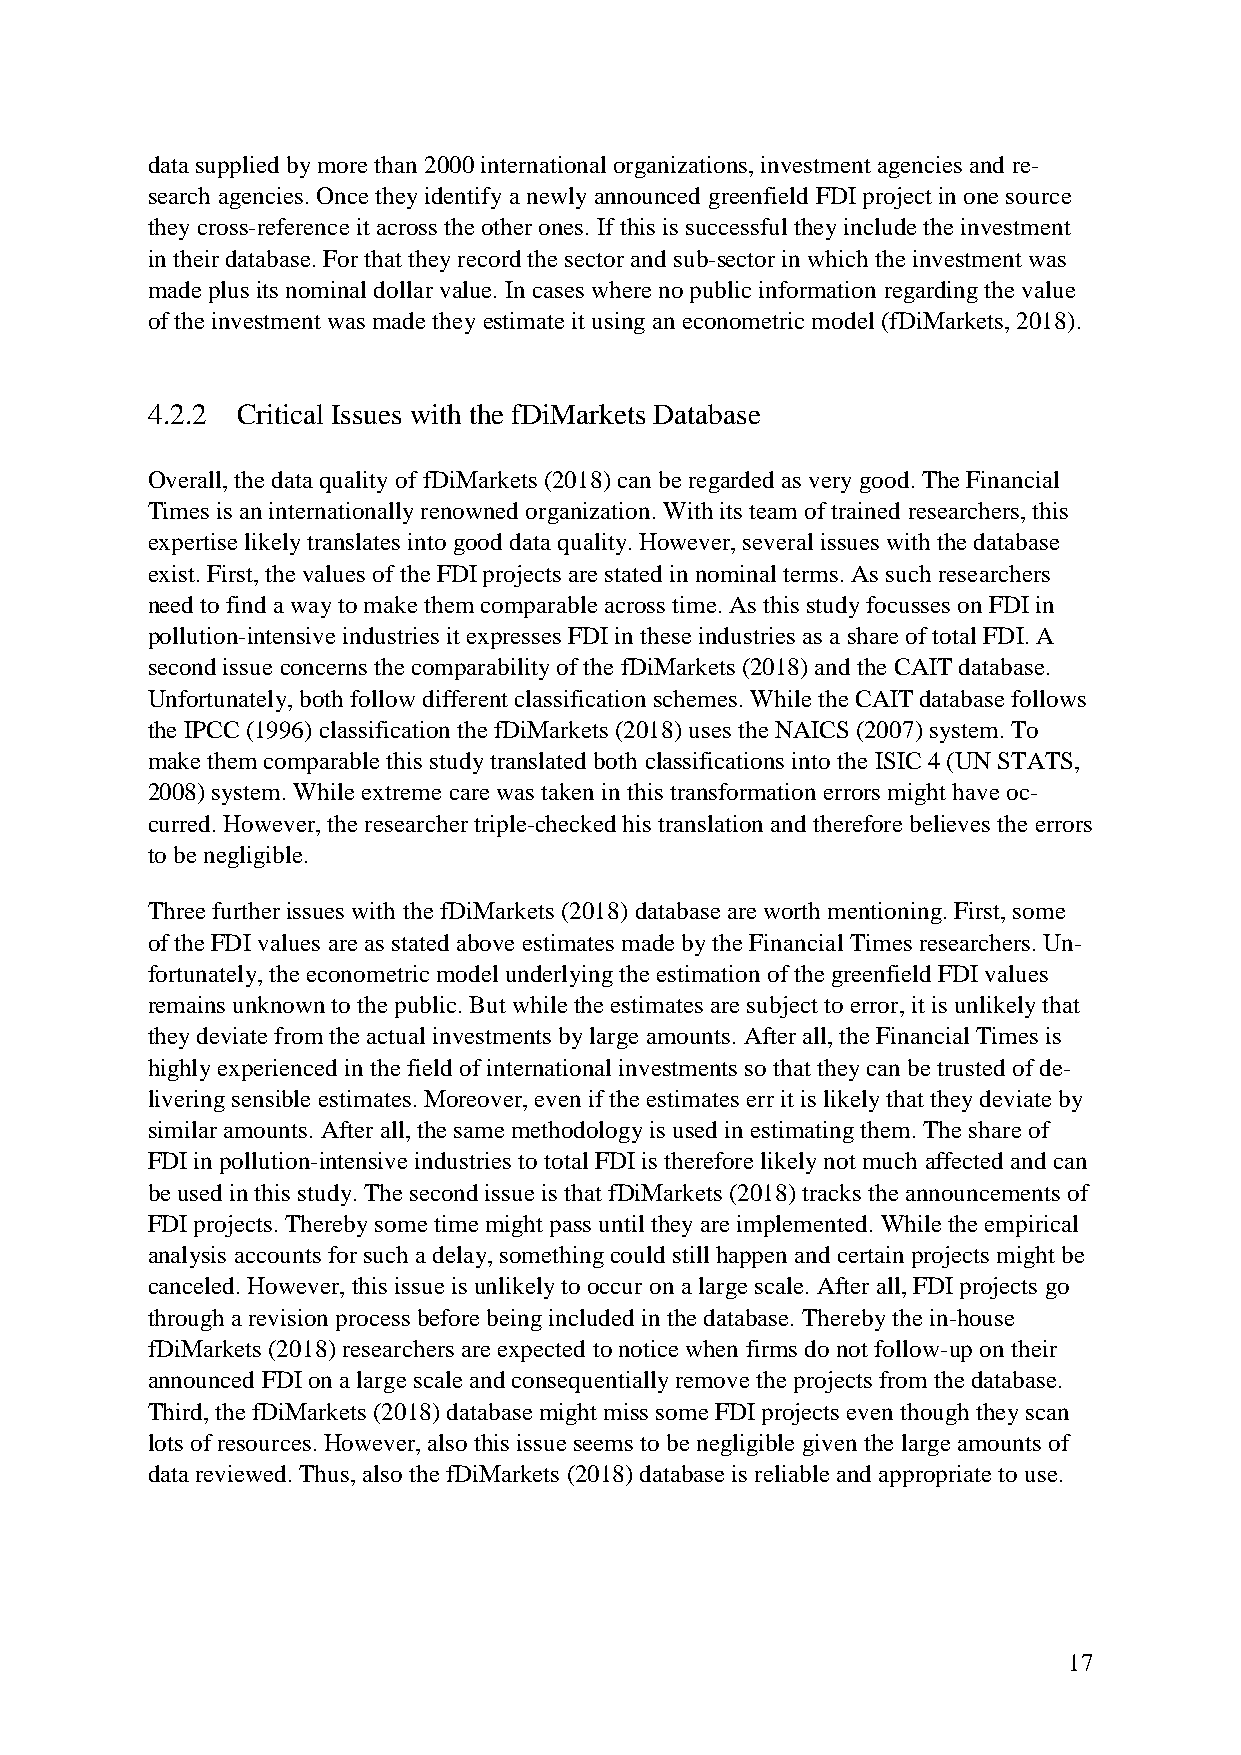
data supplied by more than 2000 international organizations, investment agencies and re-
 search agencies. Once they identify a newly announced greenfield FDI project in one source
 they cross-reference it across the other ones. If this is successful they include the investment
 in their database. For that they record the sector and sub-sector in which the investment was
 made plus its nominal dollar value. In cases where no public information regarding the value
 of the investment was made they estimate it using an econometric model (fDiMarkets, 2018).
 4.2.2 Critical Issues with the fDiMarkets Database
 Overall, the data quality of fDiMarkets (2018) can be regarded as very good. The Financial
 Times is an internationally renowned organization. With its team of trained researchers, this
 expertise likely translates into good data quality. However, several issues with the database
 exist. First, the values of the FDI projects are stated in nominal terms. As such researchers
 need to find a way to make them comparable across time. As this study focusses on FDI in
 pollution-intensive industries it expresses FDI in these industries as a share of total FDI. A
 second issue concerns the comparability of the fDiMarkets (2018) and the CAIT database.
 Unfortunately, both follow different classification schemes. While the CAIT database follows
 the IPCC (1996) classification the fDiMarkets (2018) uses the NAICS (2007) system. To
 make them comparable this study translated both classifications into the ISIC 4 (UN STATS,
 2008) system. While extreme care was taken in this transformation errors might have oc-
 curred. However, the researcher triple-checked his translation and therefore believes the errors
 to be negligible.
 Three further issues with the fDiMarkets (2018) database are worth mentioning. First, some
 of the FDI values are as stated above estimates made by the Financial Times researchers. Un-
 fortunately, the econometric model underlying the estimation of the greenfield FDI values
 remains unknown to the public. But while the estimates are subject to error, it is unlikely that
 they deviate from the actual investments by large amounts. After all, the Financial Times is
 highly experienced in the field of international investments so that they can be trusted of de-
 livering sensible estimates. Moreover, even if the estimates err it is likely that they deviate by
 similar amounts. After all, the same methodology is used in estimating them. The share of
 FDI in pollution-intensive industries to total FDI is therefore likely not much affected and can
 be used in this study. The second issue is that fDiMarkets (2018) tracks the announcements of
 FDI projects. Thereby some time might pass until they are implemented. While the empirical
 analysis accounts for such a delay, something could still happen and certain projects might be
 canceled. However, this issue is unlikely to occur on a large scale. After all, FDI projects go
 through a revision process before being included in the database. Thereby the in-house
 fDiMarkets (2018) researchers are expected to notice when firms do not follow-up on their
 announced FDI on a large scale and consequentially remove the projects from the database.
 Third, the fDiMarkets (2018) database might miss some FDI projects even though they scan
 lots of resources. However, also this issue seems to be negligible given the large amounts of
 data reviewed. Thus, also the fDiMarkets (2018) database is reliable and appropriate to use.
 17